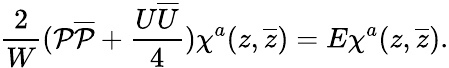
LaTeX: \frac{2}{W}({\cal P}{\overline{{{\cal P}}}}+\frac{U\overline{{{U}}}}{4})\chi^{a}(z,\overline{{{z}}})=E\chi^{a}(z,\overline{{{z}}}).